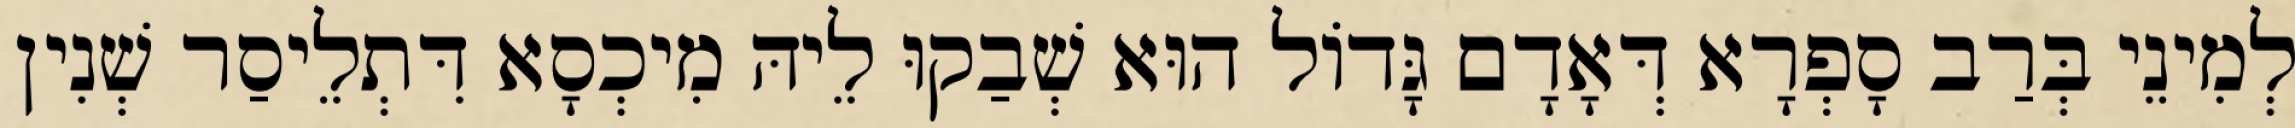
לְמִינֵי בְּרַב סָפְרָא דְּאָדָם גָּדוֹל הוּא שְׁבַקוּ לֵיהּ מִיכְסָא דִּתְלֵיסַר שְׁנִין